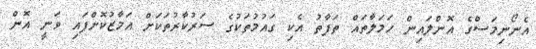
އެނޯނިމަސްގެ އޮންލައިން ހަމަލާތައް ތަފާތު އެކި ގައުމުތަކުގެ ސަރުކާރުތަކަށް އަމާޒުކޮށްފައި ވަނީ އޮން